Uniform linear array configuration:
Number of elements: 16
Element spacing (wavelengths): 0.5
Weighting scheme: exponential
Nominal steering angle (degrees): -30
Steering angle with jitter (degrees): -31.593
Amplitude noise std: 0.05
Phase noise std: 0.05

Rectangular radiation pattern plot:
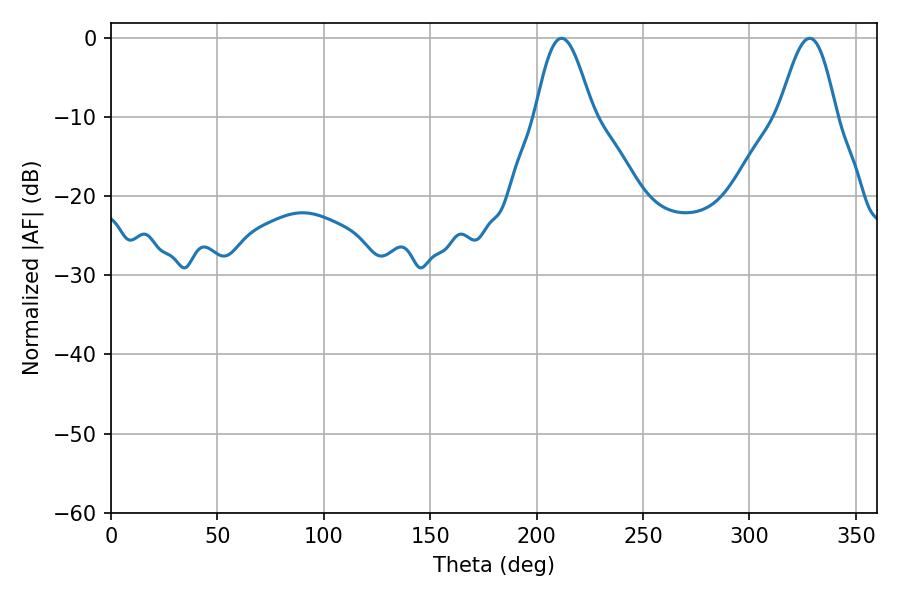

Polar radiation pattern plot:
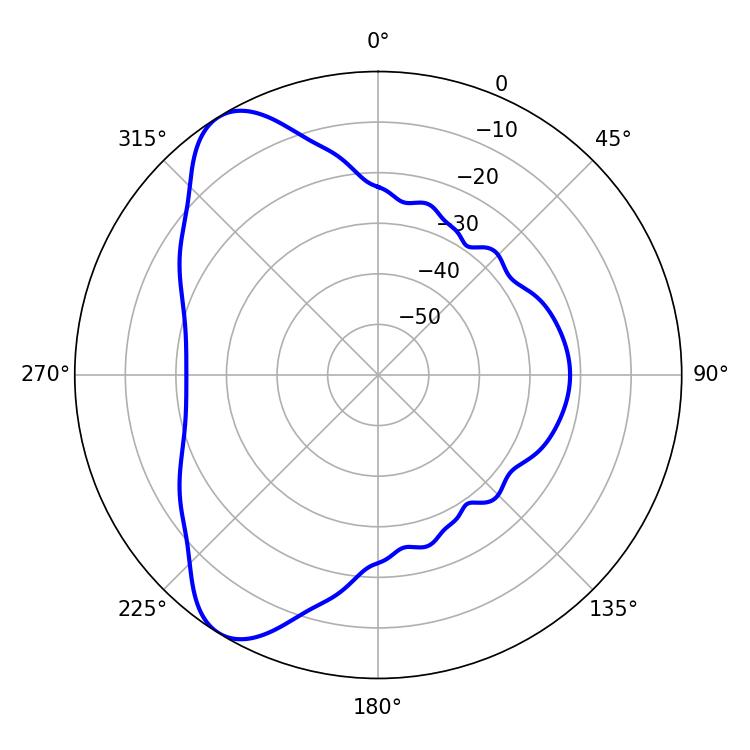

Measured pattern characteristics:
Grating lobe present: FALSE
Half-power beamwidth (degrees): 14.4
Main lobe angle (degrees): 211.68